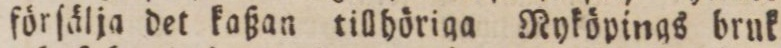
förſälja det kaßan tillhöriga Ryköpings brnk